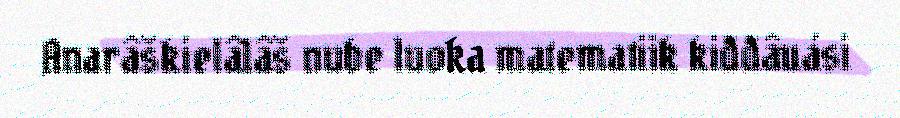
Anarâškielâlâš nube luoka matematiik kiđđâuási